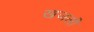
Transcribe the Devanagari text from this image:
खजली